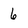
Character: 6